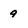
Character: 9